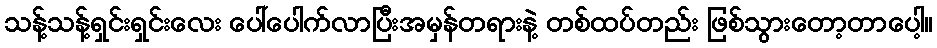
သန့်သန့်ရှင်းရှင်းလေး ပေါ်ပေါက်လာပြီးအမှန်တရားနဲ့ တစ်ထပ်တည်း ဖြစ်သွားတော့တာပေါ့။